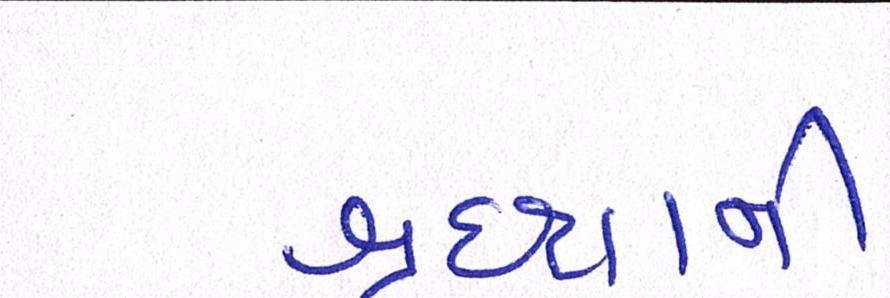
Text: શ્રદ્ધાની